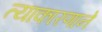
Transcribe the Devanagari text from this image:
त्याकारणाने